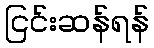
ငြင်းဆန်ရန်